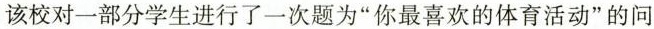
该校对一部分学生进行了一次题为”你最喜欢的体育活动”的问